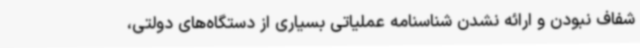
شفاف نبودن و ارائه نشدن شناسنامه عملیاتی بسیاری از دستگاه‌های دولتی،